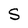
Character: S